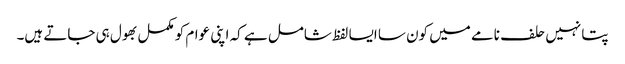
پتا نہیں حلف نامے میں کون سا ایسا لفظ شامل ہے کہ اپنی عوام کو مکمل بھول ہی جاتے ہیں۔